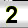
Digit: 2